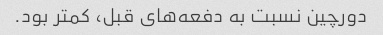
دورچین نسبت به دفعه‌های قبل، کمتر بود.